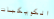
الكويكبات